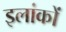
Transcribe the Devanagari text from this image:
इलांकों